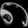
Digit: ၈